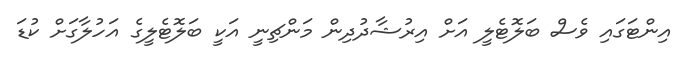
އިންޓަގައި ވެސް ބަލޮޓެލީ އަށް އިރުޝާދުދިން މަންޗިނީ އަކީ ބަލޮޓެލީގެ އަހުލާގަށް ކުޑަ